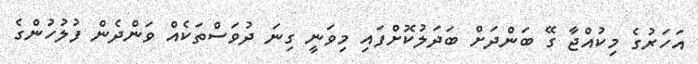
އަހަރުގެ މިކުއްޖާ ގޭ ބަންދަށް ބަދަލުކޮށްފައި މިވަނީ ގިނަ ދުވަސްތަކެއް ވަންދެން ފުލުހުންގެ